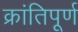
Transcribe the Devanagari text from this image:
क्रांतिपूर्ण